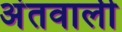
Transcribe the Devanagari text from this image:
अंतवाली